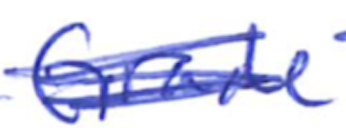
Text: Grade
Cross-out: scratch
Writing tool: ballpoint